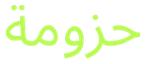
حزومة